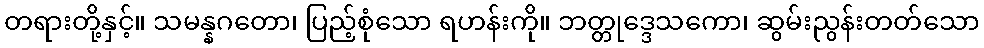
တရားတို့နှင့်။ သမန္နဂတော၊ ပြည့်စုံသော ရဟန်းကို။ ဘတ္တုဒ္ဒေသကော၊ ဆွမ်းညွန်းတတ်သော